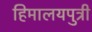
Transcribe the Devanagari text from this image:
हिमालयपुत्री